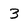
Character: 3